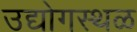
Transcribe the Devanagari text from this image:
उद्योगस्थळ